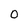
Character: 0